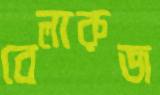
বেলারুজ